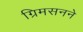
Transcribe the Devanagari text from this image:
ग्रिमसनने